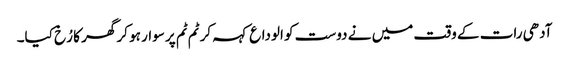
آدھی رات کے وقت میں نے دوست کو الوداع کہہ کر ٹم ٹم پر سوار ہو کر گھر کا رُخ کیا۔